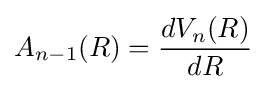
A_{n-1}(R)={\frac {dV_{n}(R)}{dR}}